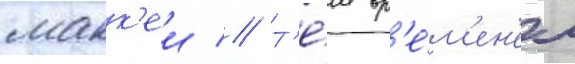
макк'еи // Т'е́м вр'е́м'ен'ем